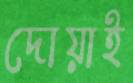
দোয়াই